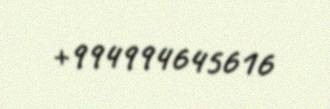
+994994645616